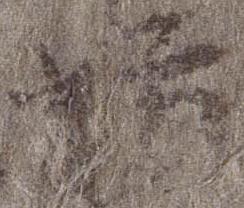
坊